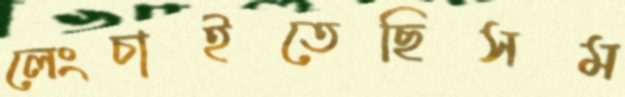
লেংচাইতেছিসম